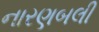
નારણબલી